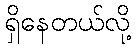
ရှိနေတယ်လို့